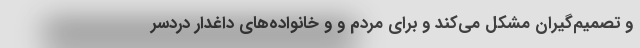
و تصمیم‌گیران مشکل می‌کند و برای مردم و و خانواده‌های داغدار دردسر